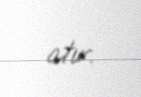
atır.